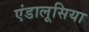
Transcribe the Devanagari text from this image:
एंडालूसिया